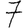
Digit: 7